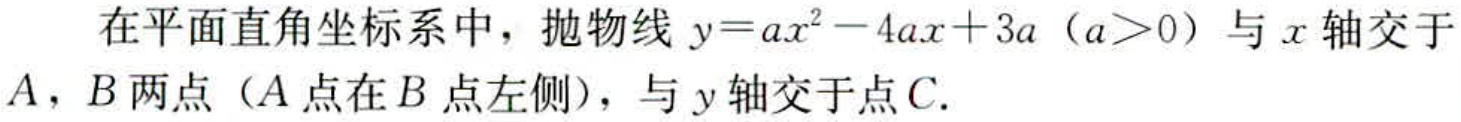
在平面直角坐标系中，抛物线\(y = ax^{2}-4ax + 3a\)（\(a>0\)）与\(x\)轴交于\(A\)，\(B\)两点（\(A\)点在\(B\)点左侧），与\(y\)轴交于点\(C\).